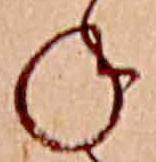
ね